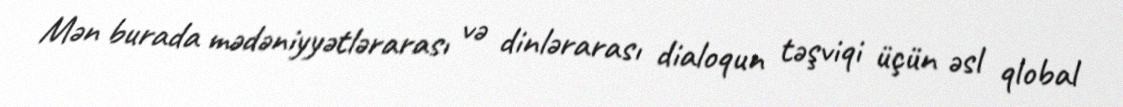
Mən burada mədəniyyətlərarası və dinlərarası dialoqun təşviqi üçün əsl qlobal